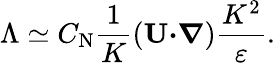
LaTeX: \Lambda\simeq C_{\textrm{N}}\frac{1}{K}({\textbf{U}}{\boldsymbol{\cdot}}{\boldsymbol{\nabla}})\frac{K^{2}}{\varepsilon}.